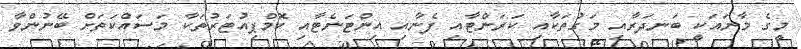
މީގެ މާނައަކީ ބަނދަރާއި މަގުތަކާއި ކަރަންޓާއި ފެނާއި އިންޓަނެޓާއި ކޮމްޕިއުޓަރުތަކާ މަސައްކަތަށް ބޭނުންވާ